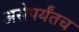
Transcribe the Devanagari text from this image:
असेपर्यंतच